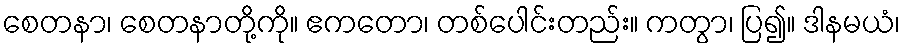
စေတနာ၊ စေတနာတို့ကို။ ဧကတော၊ တစ်ပေါင်းတည်း။ ကတွာ၊ ပြ၍။ ဒါနမယံ၊